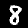
Label: 8